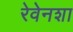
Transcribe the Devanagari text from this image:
रेवेनशा